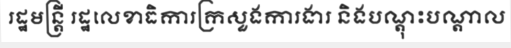
រដ្ឋមន្ត្រី រដ្ឋលេខាធិការក្រសួងការងារ និងបណ្តុះបណ្តាល